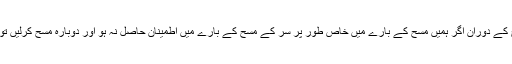
سر اور پاوں کے مسح کے دوران اگر ہمیں مسح کے بارے میں خاص طور پر سر کے مسح کے بارے میں اطمینان حاصل نہ ہو اور دوبارہ مسح کرلیں تو کیا وضو صحیح ہے؟